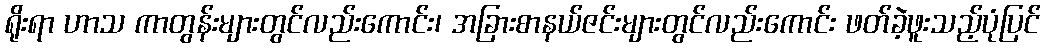
ရိုးရာ ဟာသ ကာတွန်းများတွင်လည်းကောင်း၊ အခြားစာနယ်ဇင်းများတွင်လည်းကောင်း ဖတ်ခဲ့ဖူးသည့်ပုံပြင်